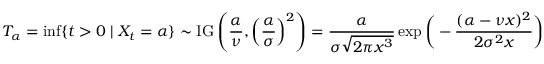
T _ { \alpha } = \operatorname* { i n f } \{ t > 0 \mid X _ { t } = \alpha \} \sim \operatorname { I G } \left( { \frac { \alpha } { \nu } } , \left( { \frac { \alpha } { \sigma } } \right) ^ { 2 } \right) = { \frac { \alpha } { \sigma { \sqrt { 2 \pi x ^ { 3 } } } } } \exp { \biggl ( } - { \frac { ( \alpha - \nu x ) ^ { 2 } } { 2 \sigma ^ { 2 } x } } { \biggr ) }